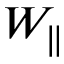
W _ { \parallel }